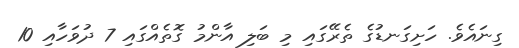
ގިނައެވެ. ހަށިގަނޑުގެ ތެރޭގައި މި ބަލި އާންމު ގޮތެއްގައި 7 ދުވަހާއި 10